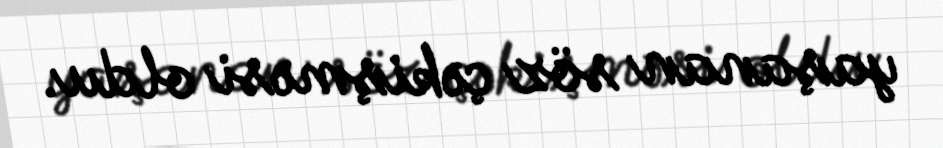
yaşanan söz çəkişməsi oldu.